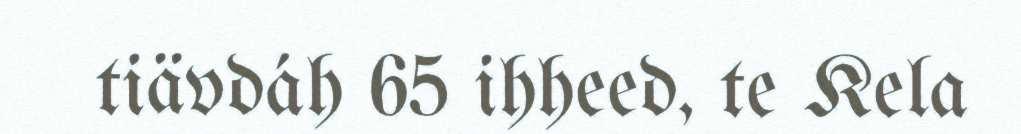
tiävdáh 65 ihheed, te Kela